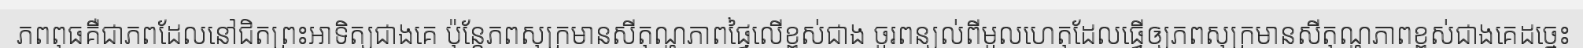
ភពពុធគឺជាភពដែលនៅជិតព្រះអាទិត្យជាងគេ ប៉ុន្តែភពសុក្រមានសីតុណ្ហភាពផ្ទៃលើខ្ពស់ជាង ចូរពន្យល់ពីមូលហេតុដែលធ្វើឲ្យភពសុក្រមានសីតុណ្ហភាពខ្ពស់ជាងគេដច្នេះ